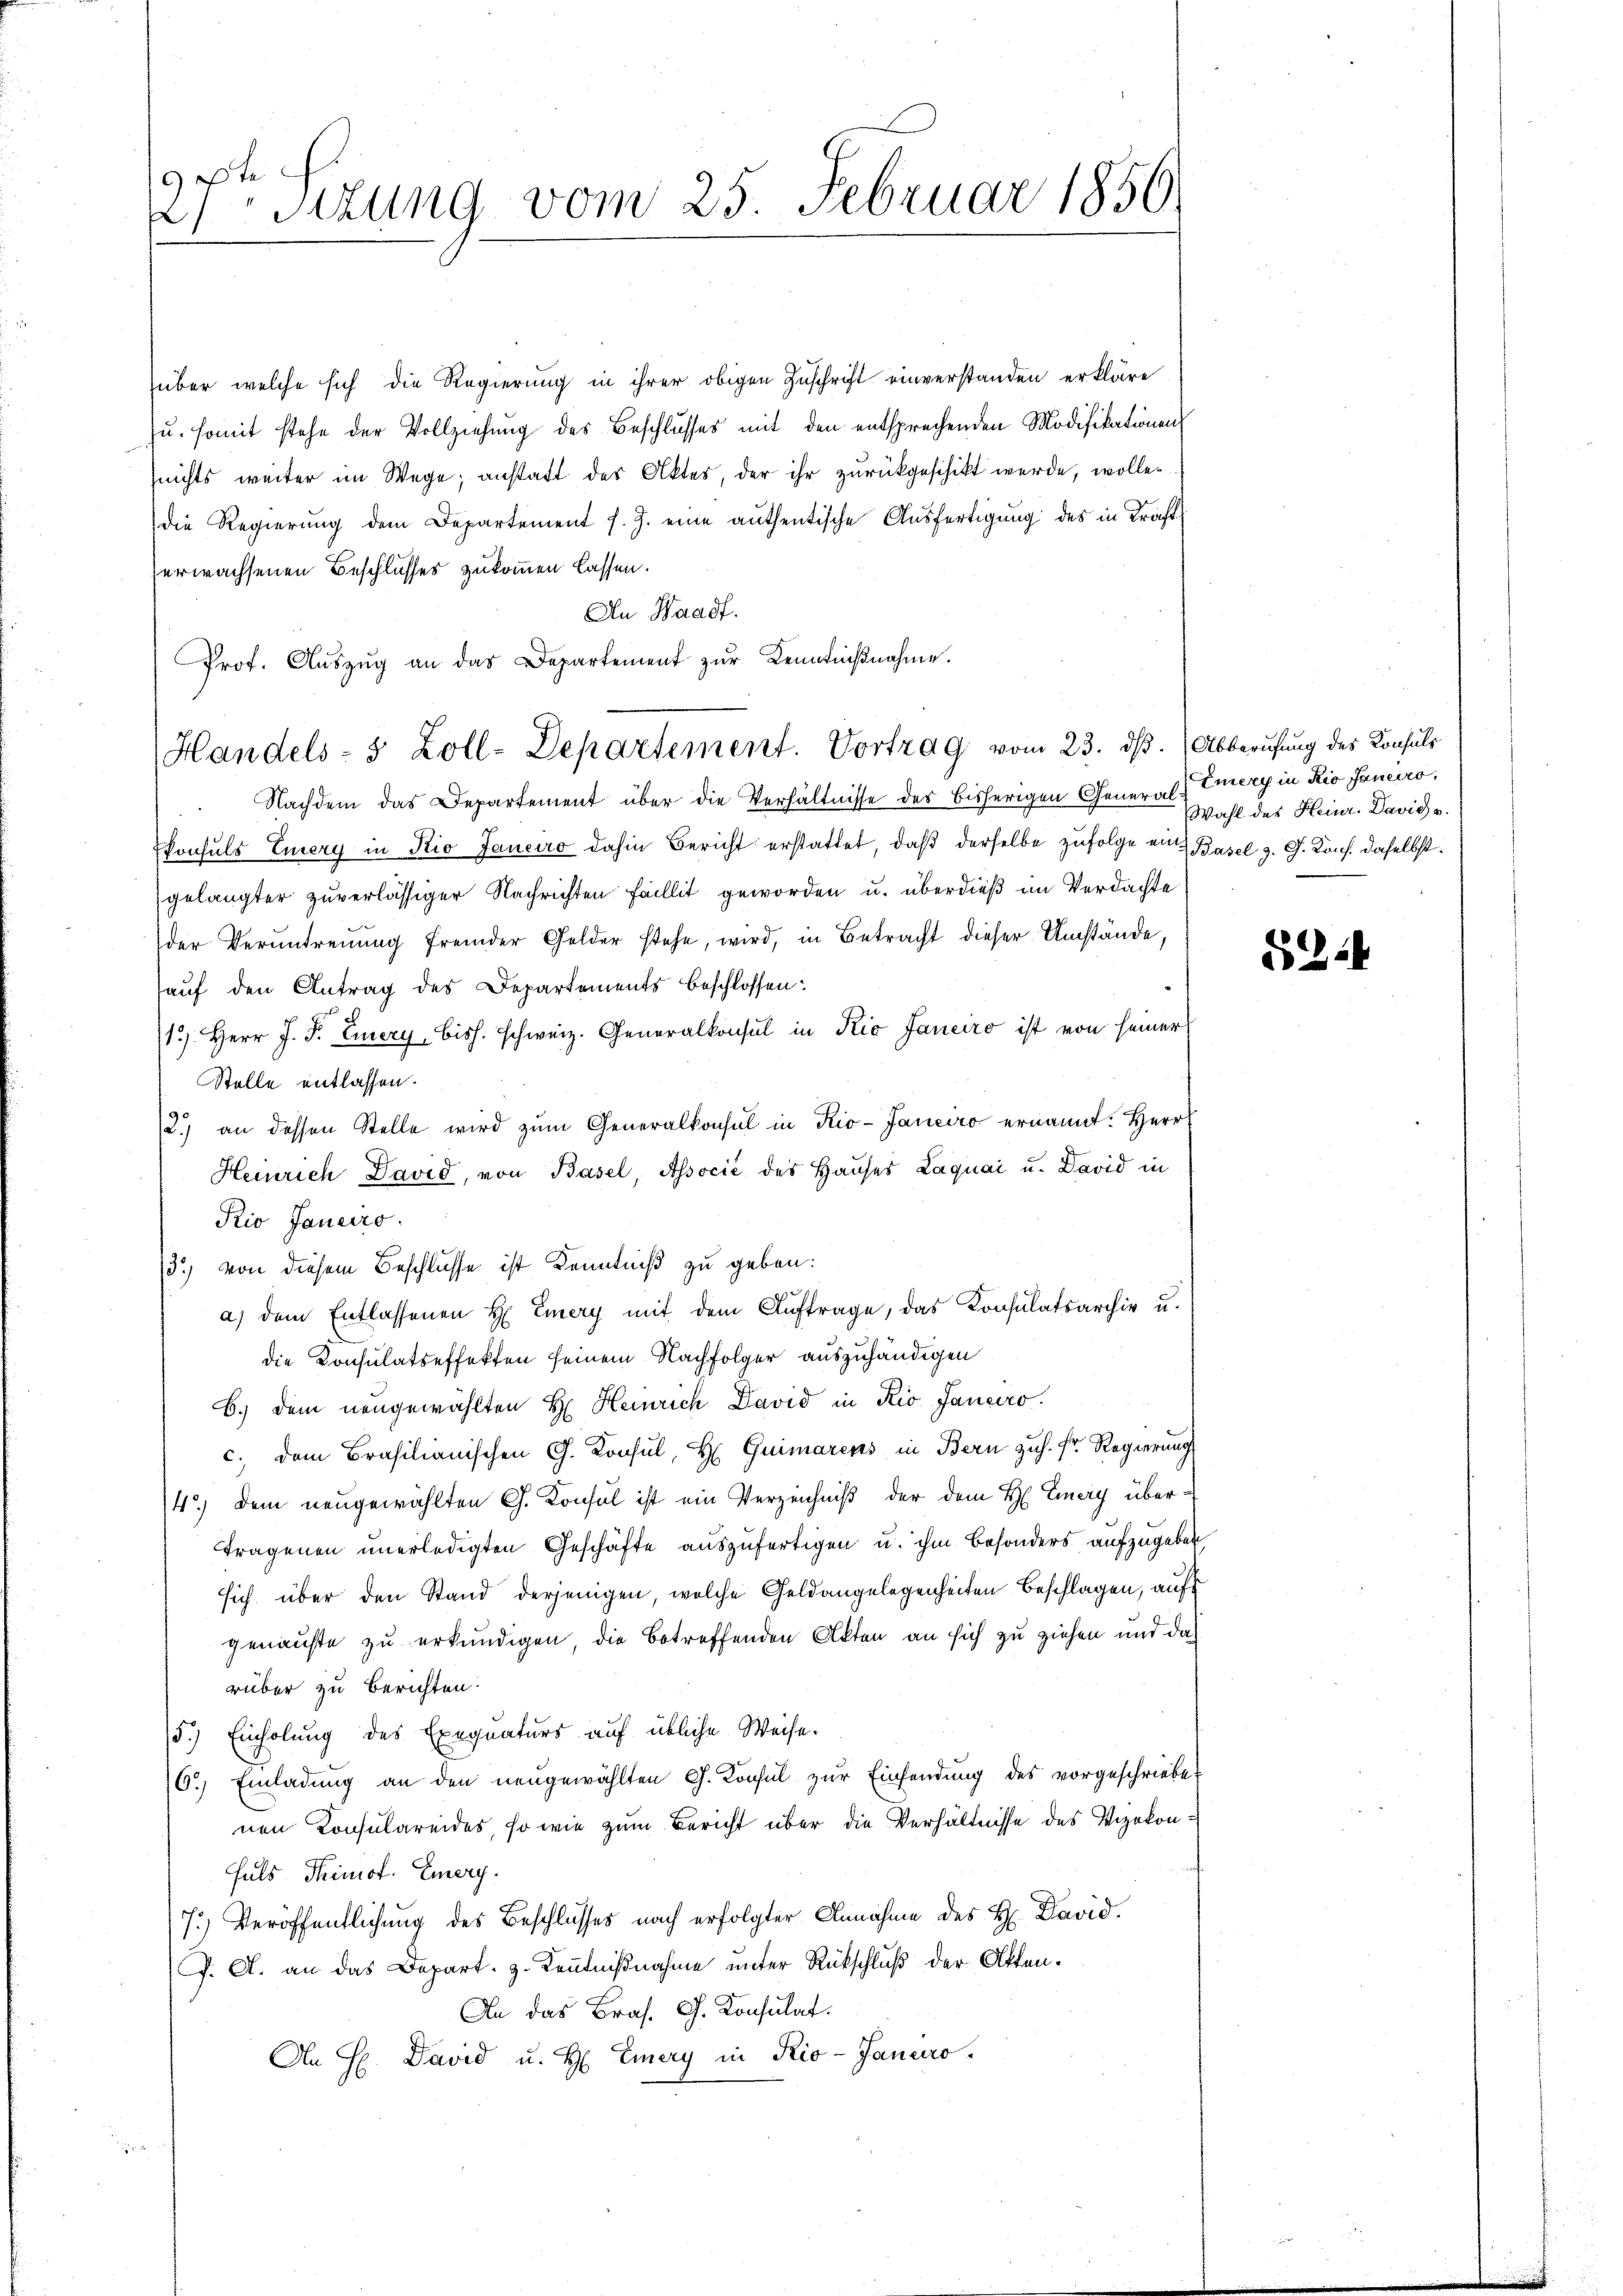
27 Sitzung vom 25. Februar 1856.

Prof. Aŭszŭg an das Departement zŭr Kenntnißnahme.
Handels- 5 Zoll-Departement. Vortrag vom 23. ds. Abberufung des Konsuls

über welche sich die Regierung in ihrer obigen Zuschrift einverstanden erkläre
zu. somit stehe der Vollziehung des Beschlusses mit den entsprechenden Modifikationen
(nichts weiter im Wege; anstatt des Aktes, der ihr zurückgeschikt werde, wolle
die Regierung dem Departement J. J. eine authentische Ausfertigung des in Krafterwachsenen Beschlusses zukommen lassen.
An Waadt.
Nachdem das Departement über die Verhältnisse des bisherigen Genere Wahl des Heinr. David u.
konsuls Emery in Rio Janeiro dahin Bericht erstattet, daß derselbe zufolge ein Basel z. G. Kons. daselbst.
gelangter zuverlässiger Nachrichten Fallit geworden u. überdieß im Verdachte
der Veruntreuung fremder Gelder stehe, wird, in Betracht dieser Umstände,
auf den Antrag des Departements beschlossen:
13. Herr J. P. Eiery bish. Schweiz. Generalkonsul in Kio Janeiro ist von seiner
Stelle entlassen.
2.) an dessen Stelle wird zŭm Generalkonsul in Rio-Janeiro ernannt. Herr
Heinrich David, von Basel, Associé des Hauses Laquai u. David in
Kio Janeiro
3) von diesem Beschlusse ist Kenntniß zu geben:
a) dem Entlassenen H. Emery mit dem Auftrage, das Konsulatsarchiv u.
die Konsulatseffekten seinem Nachfolger auszuhändigen
b.) dem neugewählten H. Heinrich David in Rio Janciro.
c. dem Brasilianischen C. Konsul, H. Quimarens in Bern zuh. Fr. Regierung
4.) Dem neugewählten G. Konsul ist ein Verzeichniß der dem H. Einery übertragenen unerledigten Geschäfte auszufertigen u. ihm besonders aufzugeben,
sich über den Stand derjenigen, welche Geldangelegenheiten Beschlagen, auf
genauste zu erkundigen, die betreffenden Akten an sich zu ziehen und darüber zu Berichten.
(5.) Einholung des Exequaturs auf übliche Weise.
6.) Einladung an den neugewählten G. Konsul zur Einsendung des vorgeschriebe
nen Konsulareides, so wie zum Bericht über die Verhältnisse des Vizekon¬
Fals Thimot. Eiery.
7.) Veröffentlichung des Beschlusses nach erfolgter Annahme des H. David
J. A. an das Depart. 3. Kenntnißnahme unter Rückschluß der Akten.
An das Bras. Ch. Konsulat
An H. David u. H. Emery in Rio-Janeiro

Emery in Rio Janeiro,

8244